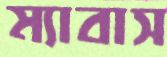
ম্যাবাস